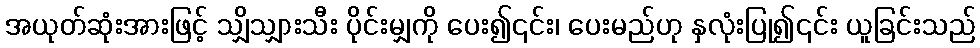
အယုတ်ဆုံးအားဖြင့် သျှိသျှားသီး ပိုင်းမျှကို ပေး၍၎င်း၊ ပေးမည်ဟု နှလုံးပြု၍၎င်း ယူခြင်းသည်